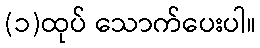
(၁)ထုပ် သောက်ပေးပါ။